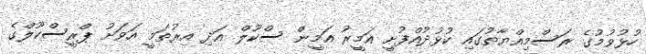
ހުޅުވުމުގެ ރަސްމިއްޔާތުގައި ކުޅުދުއްފުށީ އަމީރު އަމީން ސްކޫލް އަދި އިރުތަމީ އަވަށު ޕްރީސްކޫލްގެ